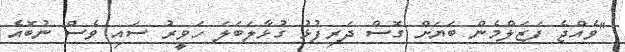
"ވެއްޖެ ފަޒަލްމެން ބަޔަށް ގޮސް ދަރިފުޅު ގުޅާލަބަލަ ހަވީރު ސައި ވެސް ނުބޮއެ